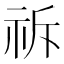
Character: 𮁪